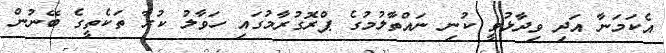
އެކަމަނާ އަދި ވިދާޅުވީ ކުނި ނައްތާލުމުގެ ޕްރޮގުރާމުގައި ހަވާލު ކުރާ ތަކެތީގެ ބޭނުން